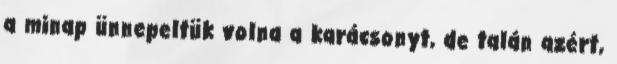
a minap ünnepeltük volna a karácsonyt, de talán azért,